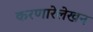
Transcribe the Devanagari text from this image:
करणारेलेखन